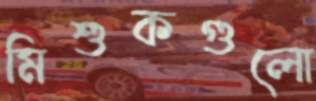
মিশুকগুলো